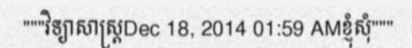
"""វិទ្យាសាស្ត្រDec 18, 2014 01:59 AMខ្ញុំសុំ"""